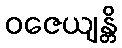
ဝဇေယျန္တိ